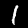
Digit: 1